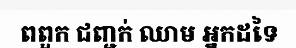
ពពួក ជញ្ជក់ ឈាម អ្នកដទៃ